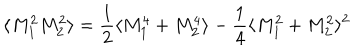
\langle M _ { 1 } ^ { 2 } M _ { 2 } ^ { 2 } \rangle = \frac { 1 } { 2 } \langle M _ { 1 } ^ { 4 } + M _ { 2 } ^ { 4 } \rangle - \frac { 1 } { 4 } \langle M _ { 1 } ^ { 2 } + M _ { 2 } ^ { 2 } \rangle ^ { 2 }